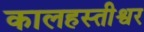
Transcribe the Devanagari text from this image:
कालहस्तीश्वर